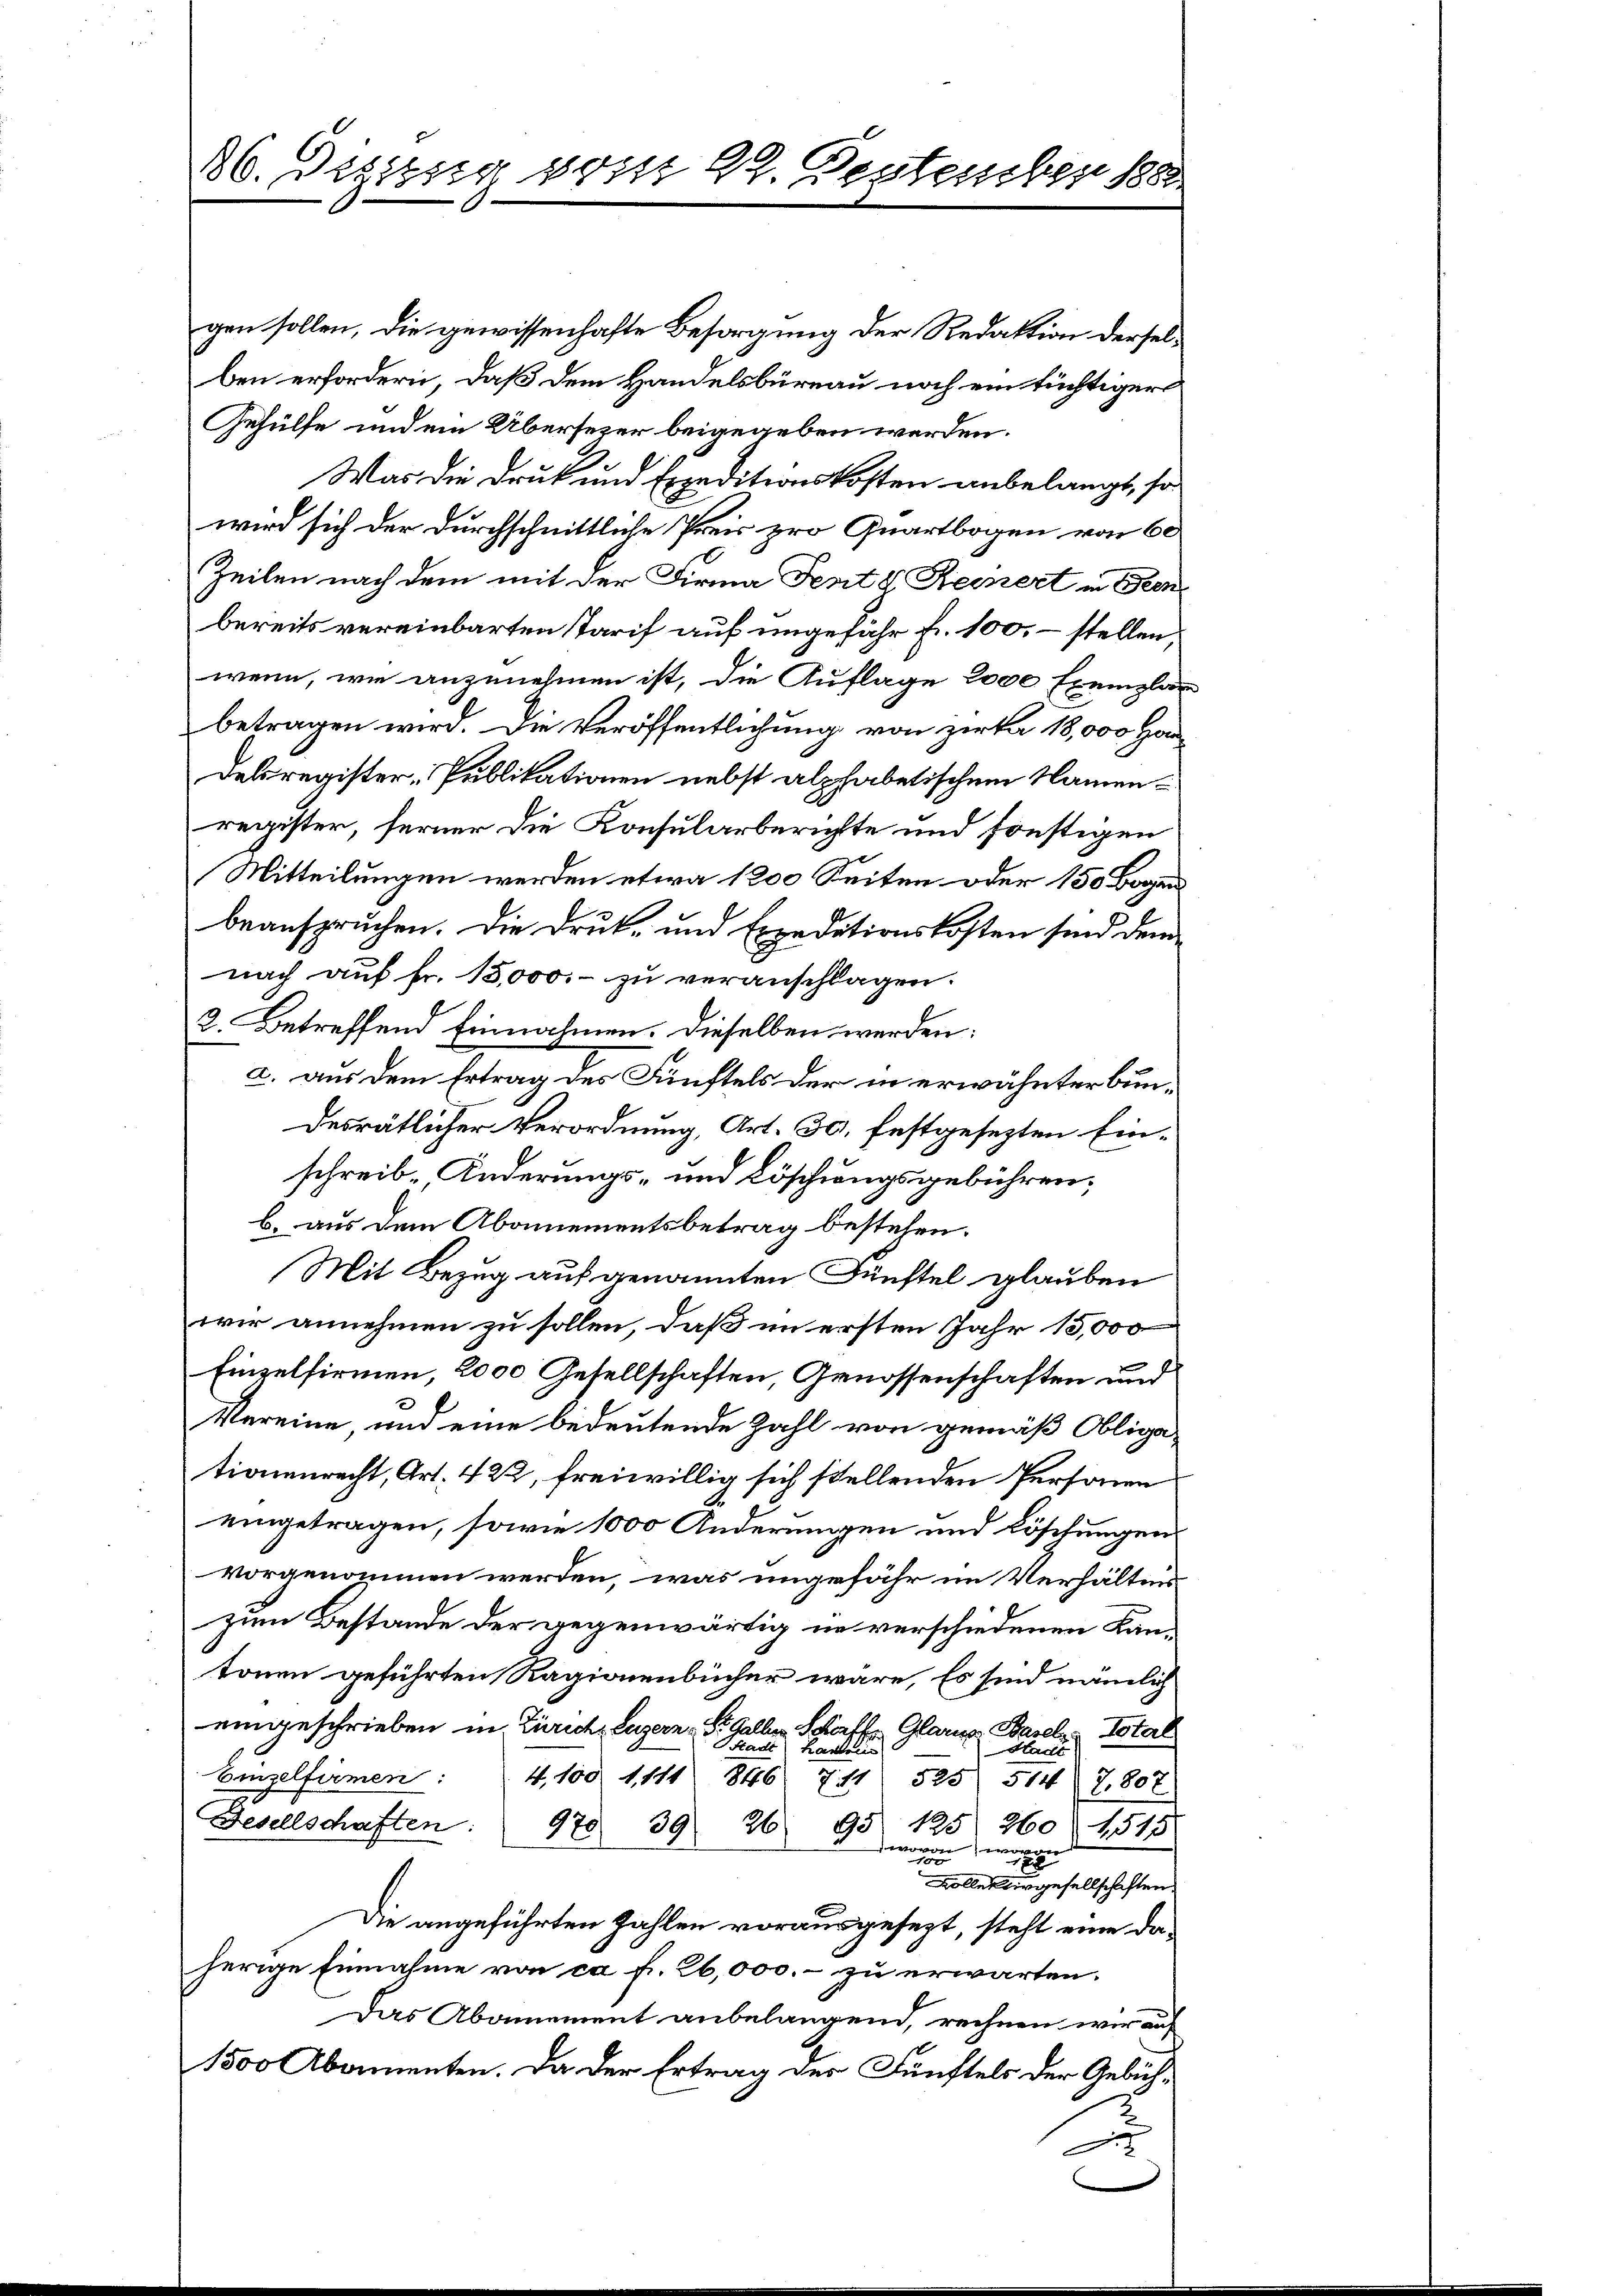
36. Dizzug vom 29. September 188

gen sollen, die gewissenhafte Besorgung der Redaktion derselben erfordern, daß dem Handelsbüreau noch ein tüchtiger
Gehülfe und ein Übersezer beigegeben werden.
Was die Druk und Expeditionskosten anbelangt, so
wird sich der durchschnittliche Preis pro Quartbogen von 60
Zeilen nach dem mit der Firma Fente Reinert in Beenbereits vereinbarten Tarif auf ungefähr fr. 100, – stellen.
wenn, wie anzunehmen ist, die Auflage 2000 Exemplar
betragen wird. Die Veröffentlichung von Zirka 18,000 Han
delsregister Publikationen nebst alphabetischem Namenregister, ferner die Konsularberichte und sonstigen
Mitteilungen werden etwa 1200 Seiten oder 150 Bogen
beanspruchen. Die Druk- und Expeditionskosten sind dem
nach auf fr. 13,000.- zu veranschlagen.
2. Betreffend Einnahmen. Dieselben werden:
c. aus dem Ertrag des Fünftels der in erwähnter Bundesrätlicher Verordnung, Art. 30, festgesezten Einschreib-Änderungs- und Löschungsgebührenb. aus dem Abanementsbetrag bestehen.
Mit Bezug auf genannten Fünftel glauben
wir annehmen zu sollen, daß im ersten Jahr 15,000
Einzelfirmen, 2000 Gesellschaften, Genossenschaften und
Vereine, und eine bedeutende Zahl von gemäß Obliga
tionenrecht, Art. 422, freiwillig sich stellenden Personen
eingetragen, sowie 1000 Änderungen und Löschungen
vorgenommen werden, was ungefähr im Verhältenzum Bestande der gegenwärtig in verschiedenen Kantonen geführten Ragionenbücher wäre. Es sind nämlich
eingeschrieben in Zürich, Luzern - St. Galler Schaffen Glarus Basel Total
Sade Kanton
Stadt
Einzelfirmen: 4100 1111 846. 711 525 514 7,807
Fesellschaften:
970 39. 26 95. 125 260 (1515
w
e
g
d
Kollettergesellschaften
Die angeführten Zahlen vorausgesezt, steht eine daherige Einnahme von ca Fr. 26,000.- zu erwarten.
Das Abannement anbelangend, rechnen wir auf
1500 Abamenten. Da der Ertrag der Fünftels der Gebüh¬